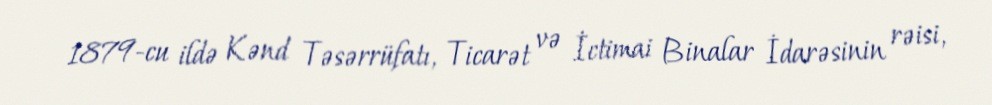
1879-cu ildə Kənd Təsərrüfatı, Ticarət və İctimai Binalar İdarəsinin rəisi,